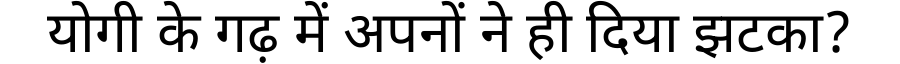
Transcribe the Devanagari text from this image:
योगी के गढ़ में अपनों ने ही दिया झटका?